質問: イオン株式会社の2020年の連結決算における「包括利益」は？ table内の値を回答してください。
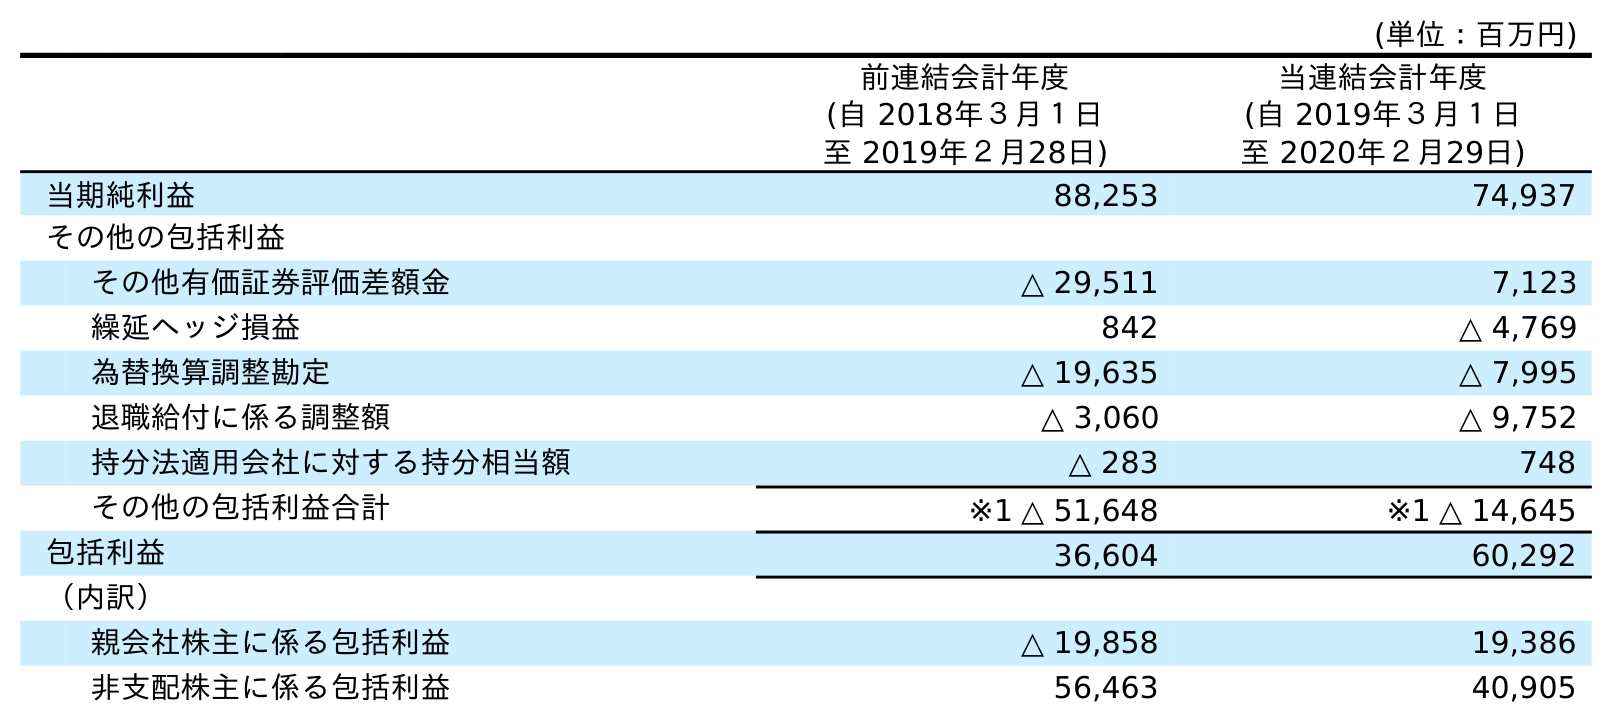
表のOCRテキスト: (単位：百万円) 前連結会計年度 (自 2018年３月１日 至 2019年２月28日) 当連結会計年度 (自 2019年３月１日 至 2020年２月29日) 当期純利益 88,253 74,937 その他の包括利益 その他有価証券評価差額金 △ 29,511 7,123 繰延ヘッジ損益 842 △ 4,769 為替換算調整勘定 △ 19,635 △ 7,995 退職給付に係る調整額 △ 3,060 △ 9,752 持分法適用会社に対する持分相当額 △ 283 748 その他の包括利益合計 ※1 △ 51,648 ※1 △ 14,645 包括利益 36,604 60,292 （内訳） 親会社株主に係る包括利益 △ 19,858 19,386 非支配株主に係る包括利益 56,463 40,905
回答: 60,292